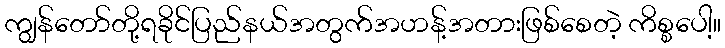
ကျွန်တော်တို့ရခိုင်ပြည်နယ်အတွက်အဟန့်အတားဖြစ်စေတဲ့ ကိစ္စပေါ့။